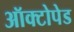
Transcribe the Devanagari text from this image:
ऑक्टोपेड